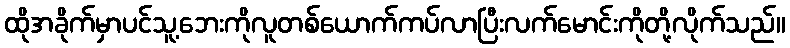
ထိုအခိုက်မှာပင်သူ့ဘေးကိုလူတစ်ယောက်ကပ်လာပြီးလက်မောင်းကိုတို့လိုက်သည်။